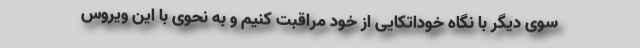
سوی دیگر با نگاه خوداتکایی از خود مراقبت کنیم و به نحوی با این ویروس